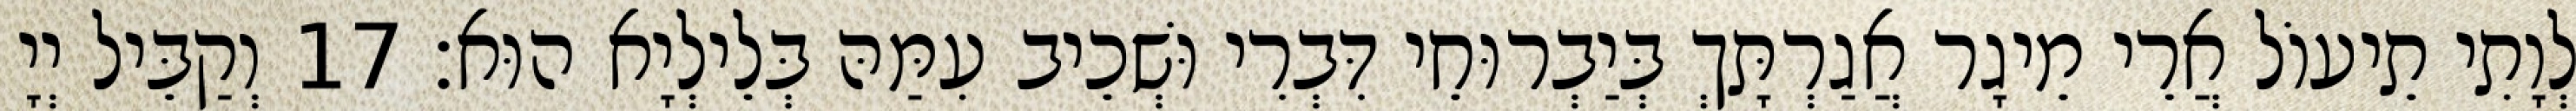
לְוָתִי תֵיעוֹל אֲרֵי מֵיגָר אֲגַרְתָּךְ בְּיַבְרוּחֵי דִּבְרִי וּשְׁכֵיב עִמַּהּ בְּלֵילְיָא הוּא׃ 17 וְקַבֵּיל יְיָ